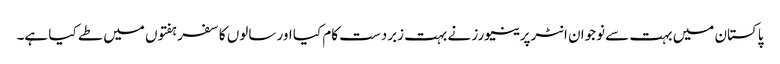
پاکستان میں بہت سے نوجوان انٹرپرینیورز نے بہت زبردست کام کیا اور سالوں کا سفر ہفتوں میں طے کیا ہے۔